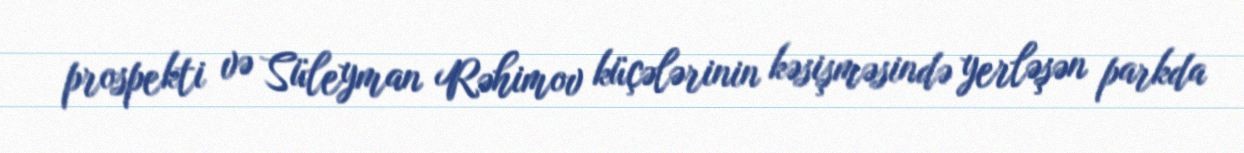
prospekti və Süleyman Rəhimov küçələrinin kəsişməsində yerləşən parkda